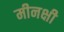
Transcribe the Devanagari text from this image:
मीनक्षी